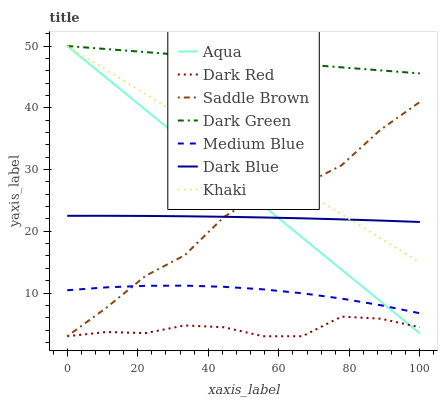
| xaxis_label | Aqua | Dark Red | Saddle Brown | Dark Green | Medium Blue | Dark Blue | Khaki |
 | --- | --- | --- | --- | --- | --- | --- | --- |
 | 0 | 50 | 3 | 3 | 50 | 10.4 | 22.5 | 50 |
 | 11.1 | 44.8 | 3.69 | 7.62 | 49.5 | 10.9 | 22.5 | 46.1 |
 | 22.2 | 39.7 | 3.51 | 12.8 | 49 | 11.2 | 22.5 | 42.2 |
 | 33.3 | 34.5 | 4.75 | 16.1 | 48.5 | 11.2 | 22.4 | 38.3 |
 | 44.4 | 29.3 | 4.46 | 22.3 | 48 | 11 | 22.3 | 34.4 |
 | 55.6 | 24.1 | 3 | 26.2 | 47.5 | 10.6 | 22.2 | 30.5 |
 | 66.7 | 19 | 3 | 27.4 | 47 | 9.96 | 22.1 | 26.6 |
 | 77.8 | 13.8 | 6.18 | 30.7 | 46.5 | 9.1 | 21.9 | 22.7 |
 | 88.9 | 8.62 | 5.85 | 36.5 | 46.1 | 8.02 | 21.7 | 18.9 |
 | 100 | 3.45 | 4.45 | 40.9 | 45.6 | 6.72 | 21.5 | 15 |